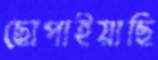
ছোপাইয়াছি